Document type: Sale
Year: 1290
Scribe: Miquel Rotllan
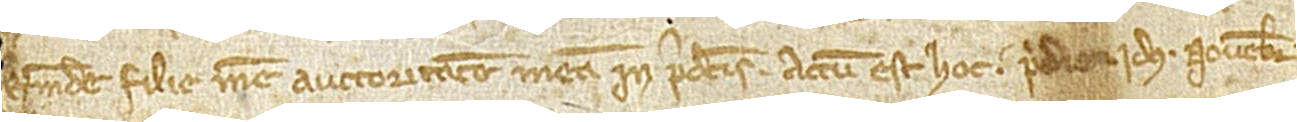
Raimunde, flie mee, auctoritate me in predictis. Actum est hoc pridie idus novembris,